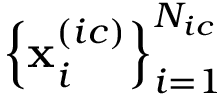
\left\{ { \bf x } _ { i } ^ { ( i c ) } \right\} _ { i = 1 } ^ { N _ { i c } }